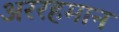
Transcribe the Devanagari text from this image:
अररहमान